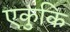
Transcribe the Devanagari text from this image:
एकुकि